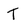
Character: T